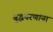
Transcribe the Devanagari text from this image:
बुद्धचरणांना